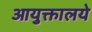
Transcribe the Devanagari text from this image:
आयुक्तालये